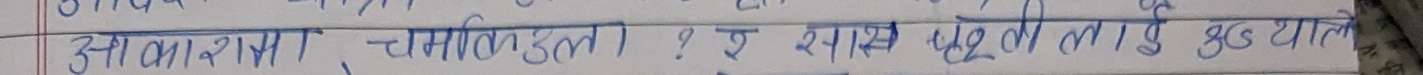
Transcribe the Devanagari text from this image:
आकाशमा चम्किएला ? इ स्थानहरुमा लाई उद्धार गरियौ ।